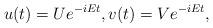
LaTeX: \begin{align*}u(t) = U e^{-i E t}, v(t) = V e^{-i E t},\end{align*}